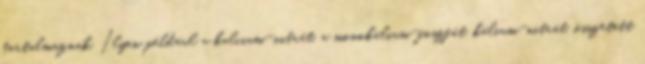
tartalmaznak. Ilyen például a kalcium-nitrát, a monokálium-foszfát, kálium-nitrát. összetett